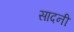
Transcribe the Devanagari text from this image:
सादनी